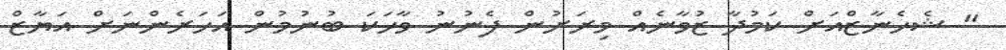
" ޝެހެނާޒްއަށް ކަމުދާ ޒުވާނެއް މިރަށުން ފެނުނު ވާހަކަ ބުނުމުން އަހަރެންނަށް އަޔާޒް